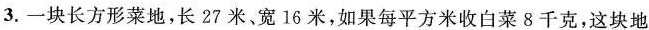
3.一块长方形菜地，长27米、宽16米，如果每平方米收白菜8千克，这块地